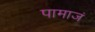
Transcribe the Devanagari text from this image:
पामाजं